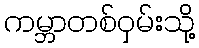
ကမ္ဘာတစ်ဝှမ်းသို့